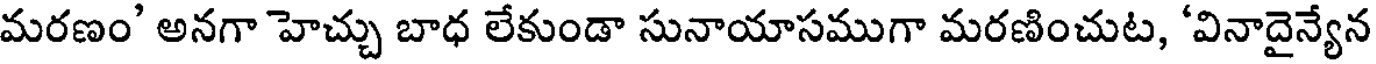
మరణం' అనగా హెచ్చు బాధ లేకుండా సునాయాసముగా మరణించుట, 'వినాదైన్యేన